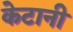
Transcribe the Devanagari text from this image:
केटानी